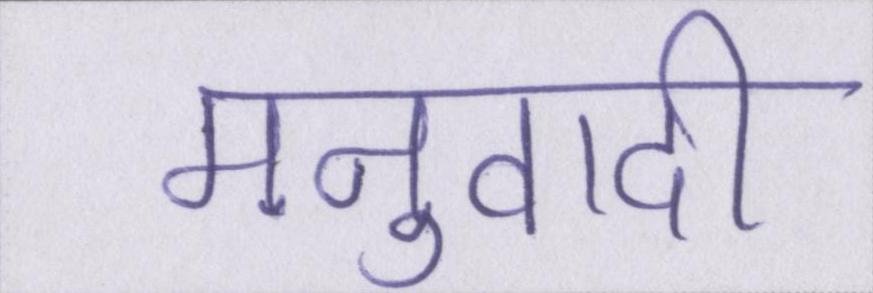
मनुवादी